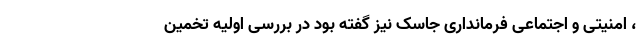
، امنیتی و اجتماعی فرمانداری جاسک نیز گفته بود در بررسی اولیه تخمین